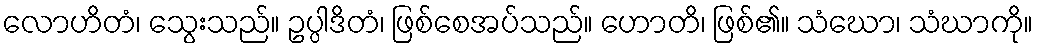
လောဟိတံ၊ သွေးသည်။ ဥပ္ပါဒိတံ၊ ဖြစ်စေအပ်သည်။ ဟောတိ၊ ဖြစ်၏။ သံဃော၊ သံဃာကို။